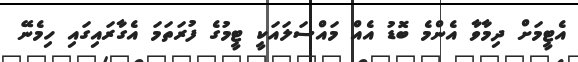
އެެޓީމަށް ދިމާވާ އެންމެ ބޮޑު އެއް މައްސަލައަކީ ޓީމުގެ ފުރަތަމަ އެގާރައިގައި ހިމެނޭ